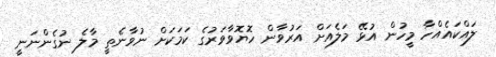
ލައްކައެއްހާ މީހުން އުޅޭ މަލެއަށް އަރުވާން ހޮޔޮވާވަރުގެ ކަމަކަށް ނުވާނެތީ މާލެ ނުގެންނަނީ